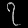
Digit: ၇